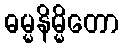
ဓမ္မနိမ္မိတော